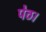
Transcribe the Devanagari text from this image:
पेठ।